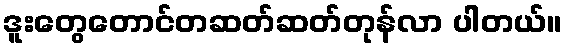
ဒူးတွေတောင်တဆတ်ဆတ်တုန်လာ ပါတယ်။